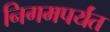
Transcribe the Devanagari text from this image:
निगमपर्यंत